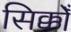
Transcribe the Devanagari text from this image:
सिक्कोँ